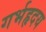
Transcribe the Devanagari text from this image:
गर्भहृदय